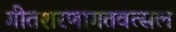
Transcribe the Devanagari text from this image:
गीतशरणागतवत्सल